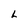
Character: L